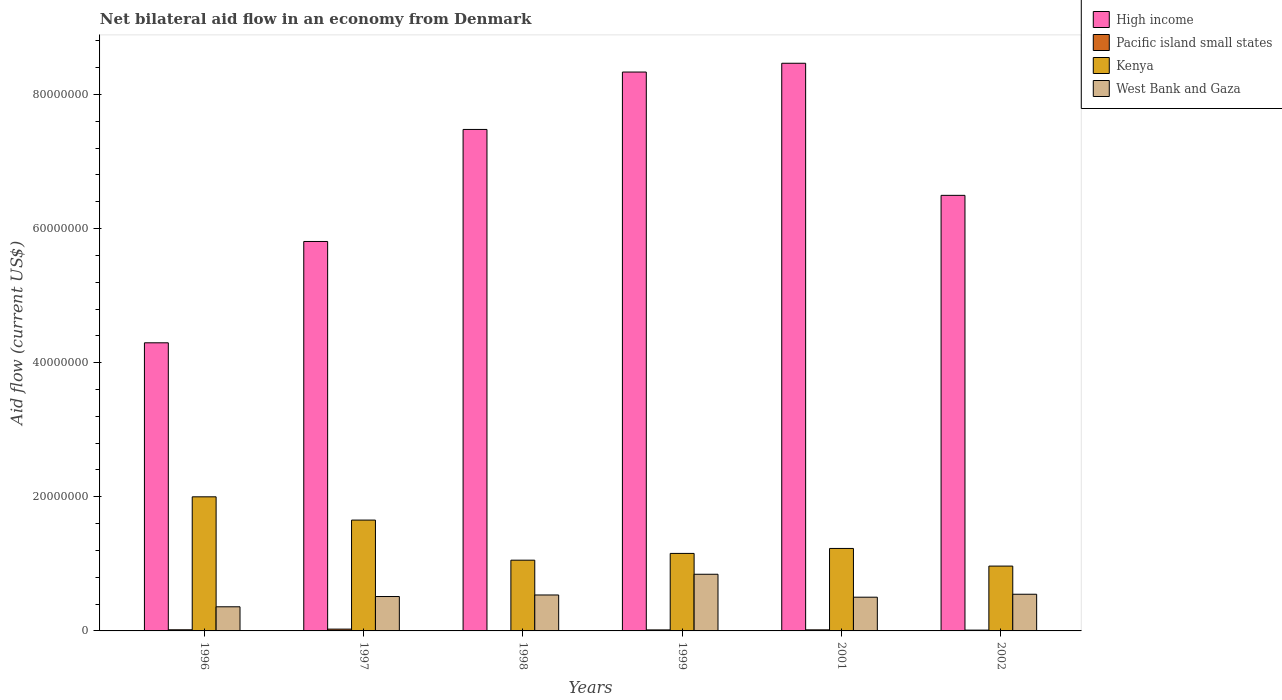
| Years | High income | Pacific island small states | Kenya | West Bank and Gaza |
 | --- | --- | --- | --- | --- |
 | 1996 | 4.3e+07 | 1.7e+05 | 2e+07 | 3.6e+06 |
 | 1997 | 5.81e+07 | 2.7e+05 | 1.65e+07 | 5.13e+06 |
 | 1998 | 7.48e+07 | -1.3e+05 | 1.06e+07 | 5.36e+06 |
 | 1999 | 8.34e+07 | 1.5e+05 | 1.16e+07 | 8.45e+06 |
 | 2001 | 8.47e+07 | 1.6e+05 | 1.23e+07 | 5.03e+06 |
 | 2002 | 6.5e+07 | 1.2e+05 | 9.67e+06 | 5.47e+06 |